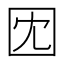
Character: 𫭃